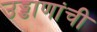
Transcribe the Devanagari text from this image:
उड्डाणांची